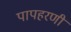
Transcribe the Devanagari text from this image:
पापहरणी